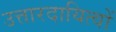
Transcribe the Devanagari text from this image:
उत्तारदायित्वों